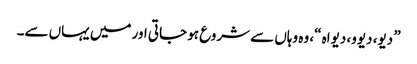
” دیو، دیوو، دیواہ “، وہ وہاں سے شروع ہو جاتی اور میں یہاں سے۔